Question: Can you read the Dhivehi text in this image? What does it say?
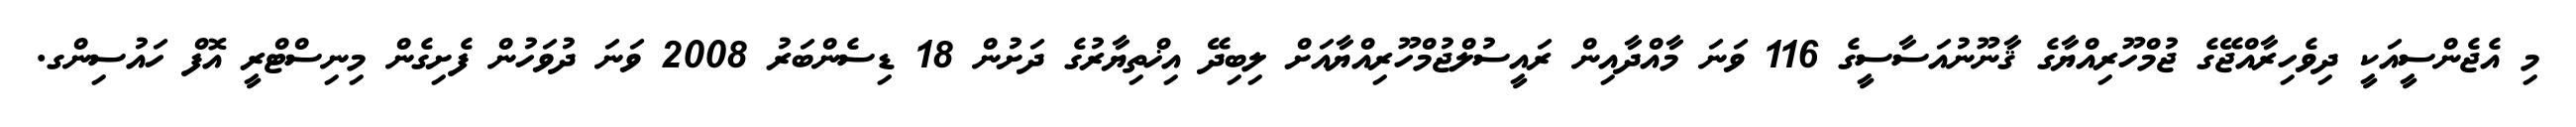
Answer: މި އެޖެންސީއަކީ ދިވެހިރާއްޖޭގެ ޖުމްހޫރިއްޔާގެ ޤާނޫނުއަސާސީގެ 116 ވަނަ މާއްދާއިން ރައީސުލްޖުމްހޫރިއްޔާއަށް ލިބިދޭ އިޚްތިޔާރުގެ ދަށުން 18 ޑިސެންބަރު 2008 ވަނަ ދުވަހުން ފެށިގެން މިނިސްޓްރީ އޮފް ހައުސިންގ.